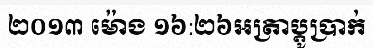
២០១៣ ម៉ោង ១៦:២៦អត្រាប្តូប្រាក់